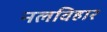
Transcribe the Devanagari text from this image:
नलविहार